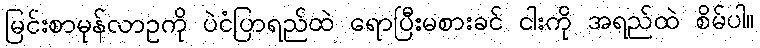
မြင်းစာမုန်လာဥကို ပဲငံပြာရည်ထဲ ရောပြီးမစားခင် ငါးကို အရည်ထဲ စိမ်ပါ။